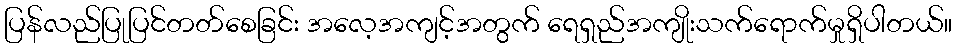
ပြန်လည်ပြုပြင်တတ်စေခြင်း အလေ့အကျင့်အတွက် ရေရှည်အကျိုးသက်ရောက်မှုရှိပါတယ်။